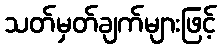
သတ်မှတ်ချက်များဖြင့်